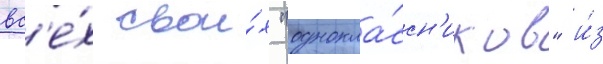
вс'е́х свои́х "однокла́ссн'иков" и́з